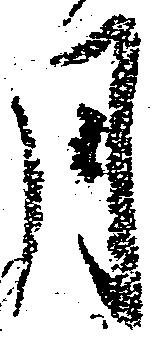
月